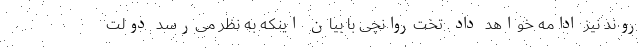
روند نیز ادامه خواهد داد. تخت‌روانچی با بیان اینکه به نظر می‌رسد دولت